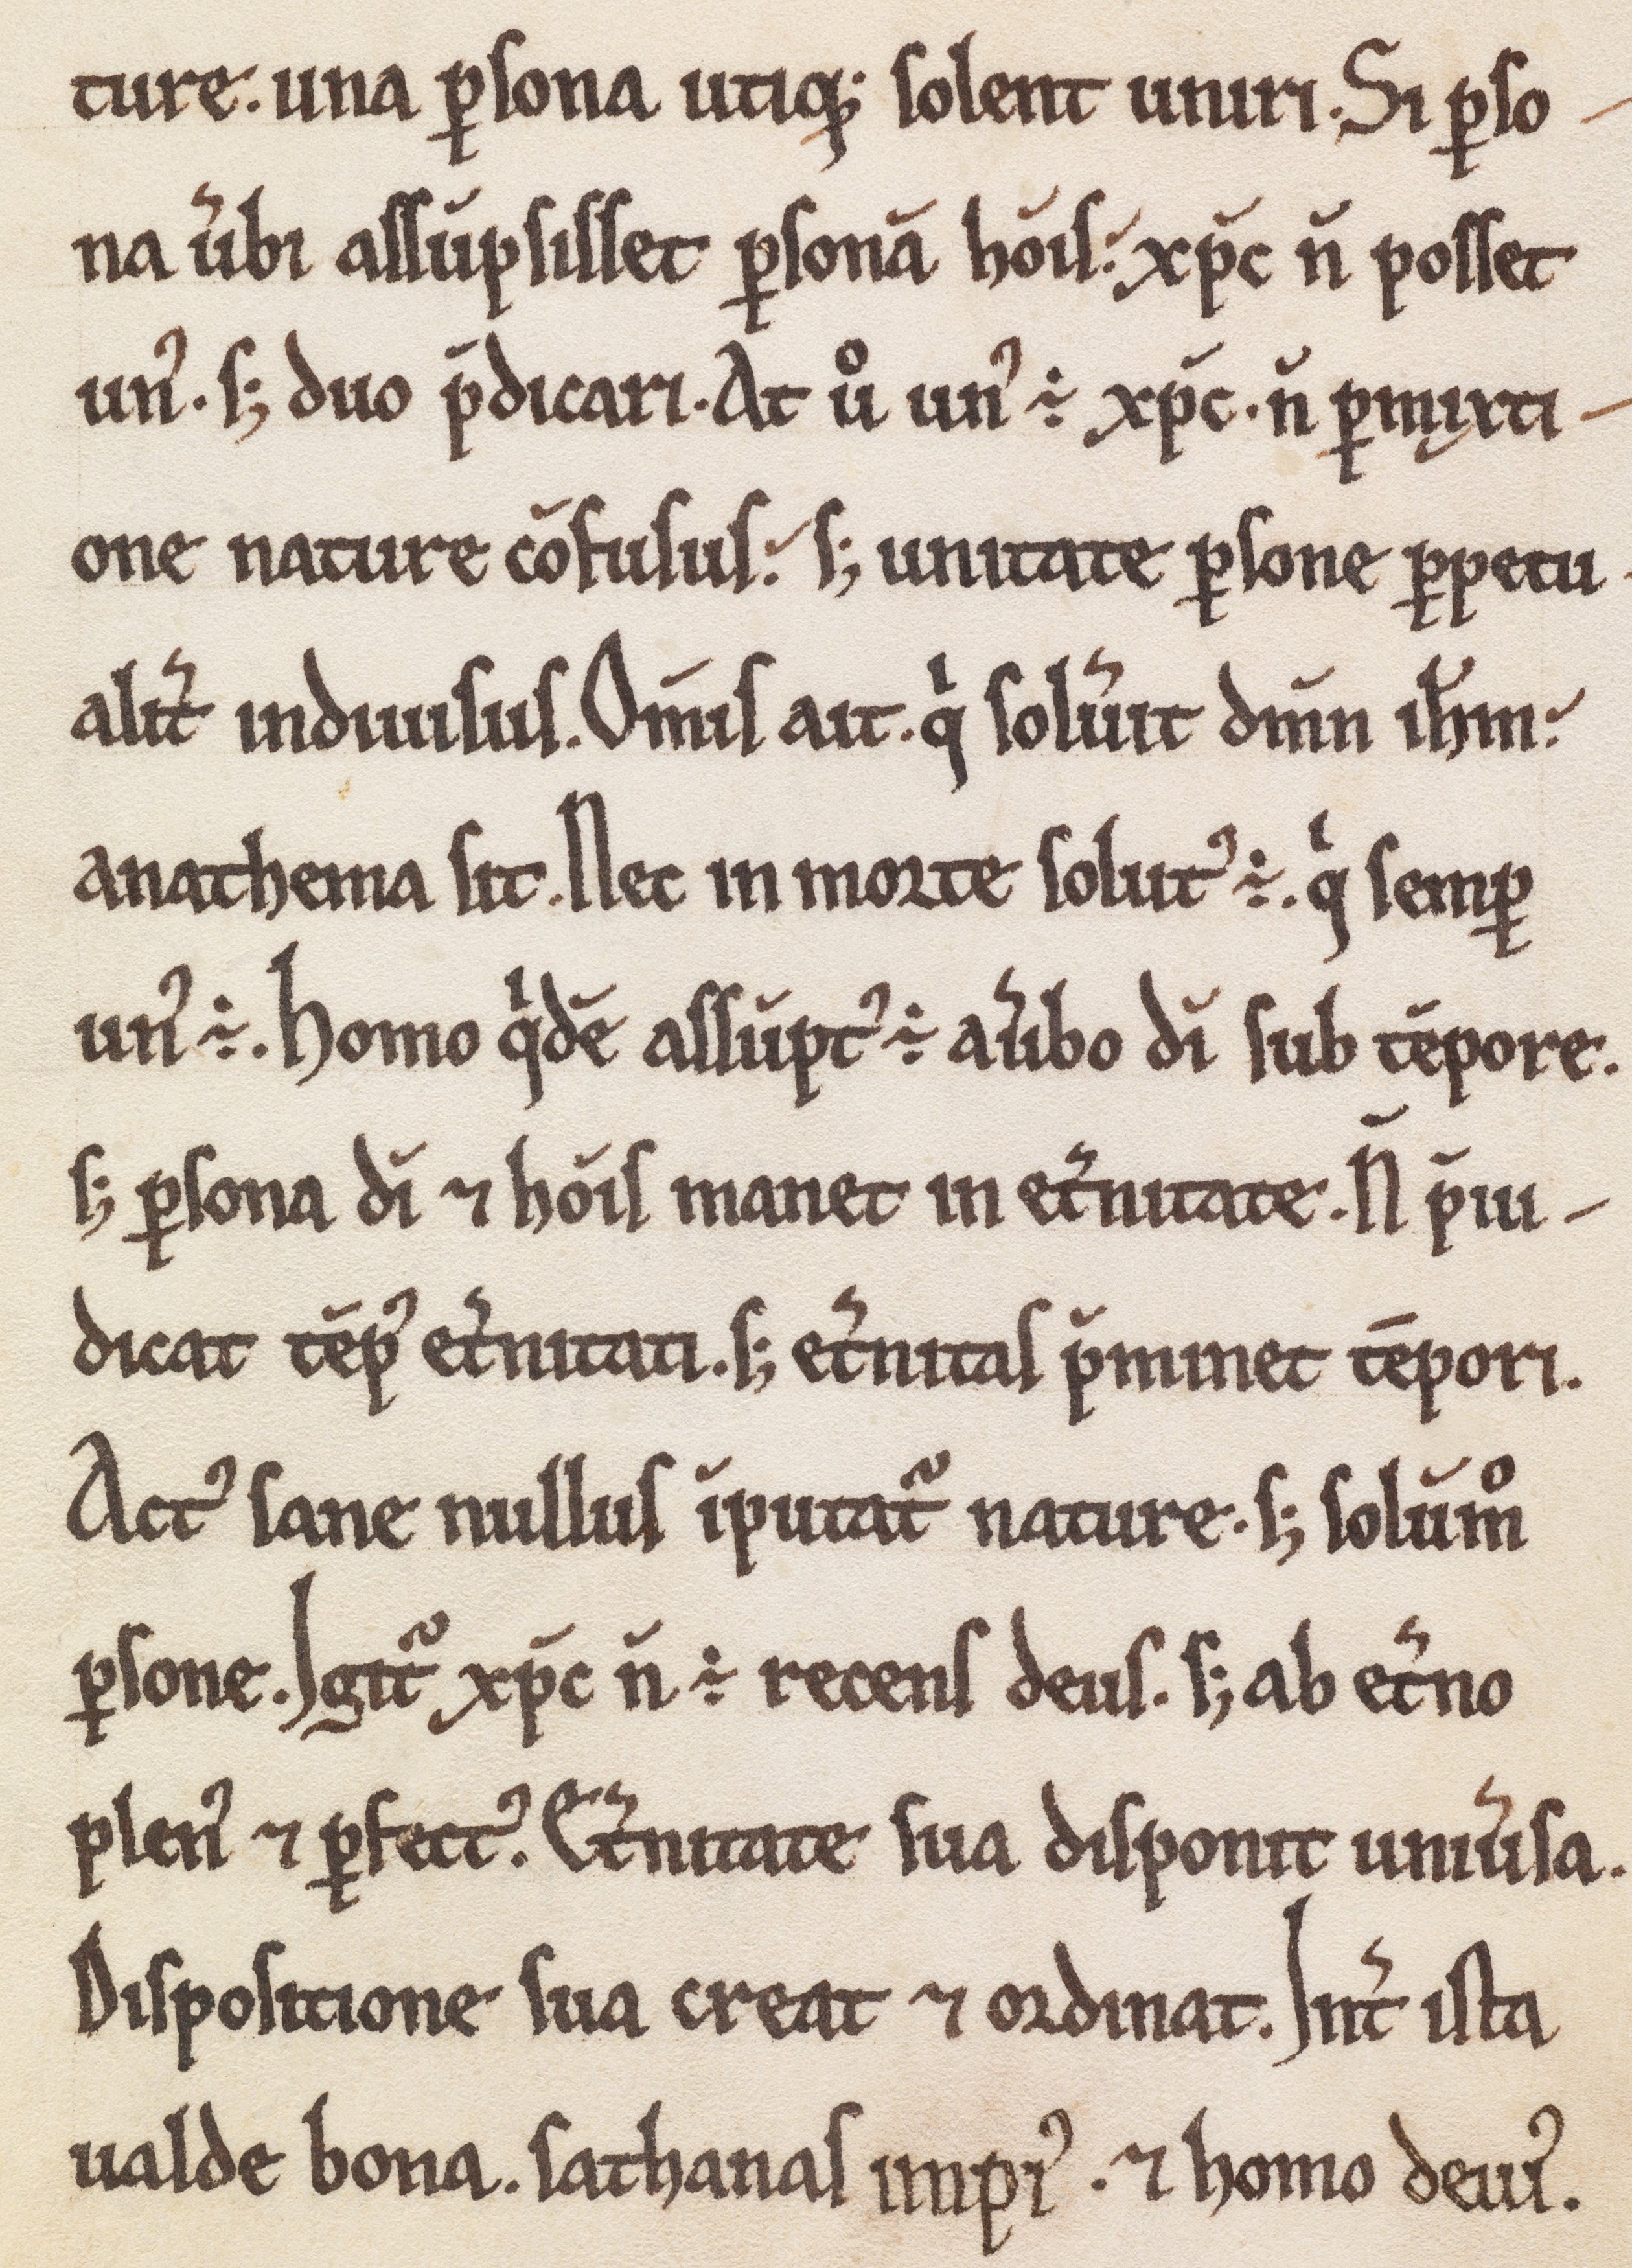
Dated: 1180–1199